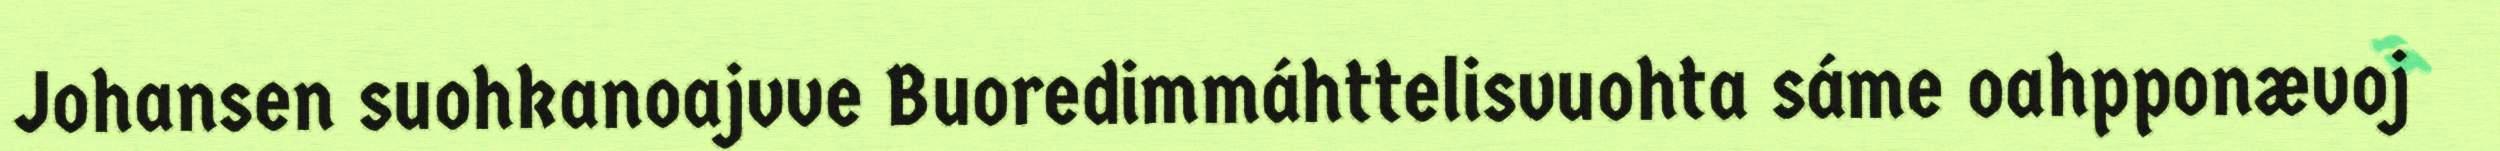
Johansen suohkanoajvve Buoredimmáhttelisvuohta sáme oahpponævoj